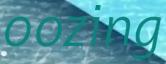
oozing